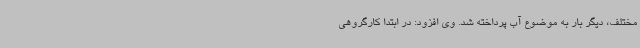
مختلف، دیگر بار به موضوع آب پرداخته شد. وی افزود: در ابتدا کارگروهی